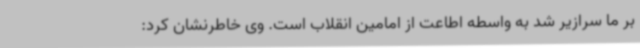
بر ما سرازیر شد به واسطه اطاعت از امامین انقلاب است. وی خاطرنشان کرد: